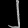
Digit: ၂